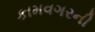
કામવગરની